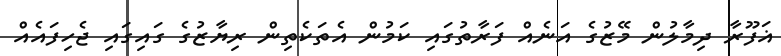
ޣަފޫރާ ދިމާލުން މޭޒުގެ އަނެއް ފަރާތުގައި ކަމުން އެތަކެތިން ރިޔާޒުގެ ގައިގައި ޖެހިފައެއް